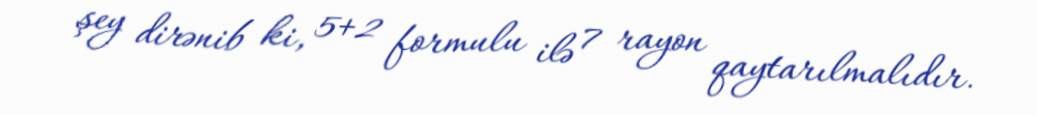
şey dirənib ki, 5+2 formulu ilə 7 rayon qaytarılmalıdır.